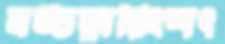
ষট্‌চত্বারিংশৎ